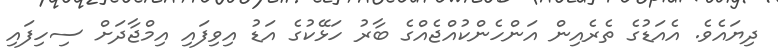
ދިޔައެވެ. އެއަޑުގެ ތެރެއިން އަންހެންކުއްޖެއްގެ ބާރު ހަޅޭކުގެ އަޑު އިވިފައި އިމްޖާދަށް ސިހިފައި